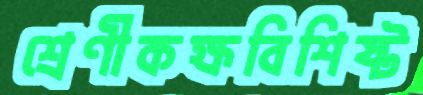
শ্রেণীকক্ষবিশিষ্ট